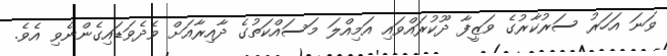
ވަނަ އަހަރު ސަރުކާރުގެ ވަޒީފާ ދޫކުރައްވައި އަމިއްލަ މަސައްކަތުގެ ދާއިރާއަށް ވެދެވަޑައިގެންނެވި އެވެ.